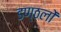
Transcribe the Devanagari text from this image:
डण्ठलों